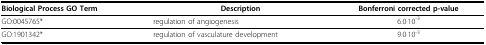
<table><thead><tr><td><b>Biological Process GO Term</b></td><td><b>Description</b></td><td><b>Bonferroni corrected p-value</b></td></tr></thead><tbody><tr><td>GO:0045765*</td><td>regulation of angiogenesis</td><td>6.0·10<sup>-3</sup></td></tr><tr><td>GO:1901342*</td><td>regulation of vasculature development</td><td>9.0·10<sup>-3</sup></td></tr></tbody></table>